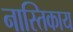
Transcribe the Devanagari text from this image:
नास्तिकाय